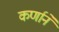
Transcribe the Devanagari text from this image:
कर्णानें